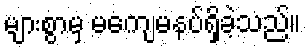
များစွာမှ မကျေမနပ်ရှိခဲ့သည်။